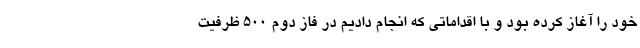
خود را آغاز کرده بود و با اقداماتی که انجام دادیم در فاز دوم ۵۰۰ ظرفیت